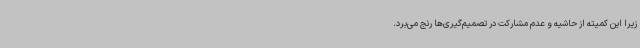
زیرا این کمیته از حاشیه و عدم مشارکت در تصمیم‌گیری‌ها رنج می‌برد.